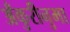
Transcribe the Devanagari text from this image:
अँकुरीनुमा